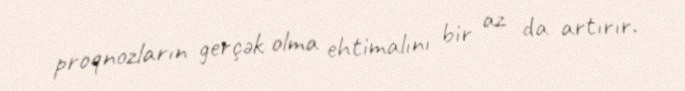
proqnozların gerçək olma ehtimalını bir az da artırır.